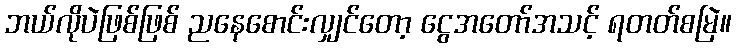
ဘယ်လိုပဲဖြစ်ဖြစ် ညနေစောင်းလျှင်တော့ ငွေအတော်အသင့် ရတတ်စမြဲ။